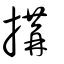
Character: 搆